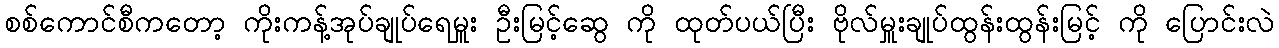
စစ်ကောင်စီကတော့ ကိုးကန့်အုပ်ချုပ်ရေမှူး ဦးမြင့်ဆွေ ကို ထုတ်ပယ်ပြီး ဗိုလ်မှူးချုပ်ထွန်းထွန်းမြင့် ကို ပြောင်းလဲ